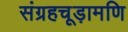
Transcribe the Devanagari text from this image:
संग्रहचूड़ामणि